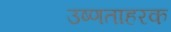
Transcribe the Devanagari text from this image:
उष्णताहरक